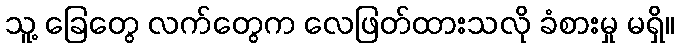
သူ့ ခြေတွေ လက်တွေက လေဖြတ်ထားသလို ခံစားမှု မရှိ။